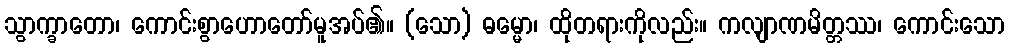
သွာက္ခာတော၊ ကောင်းစွာဟောတော်မူအပ်၏။ (သော) ဓမ္မော၊ ထိုတရားကိုလည်း။ ကလျာဏမိတ္တဿ၊ ကောင်းသော